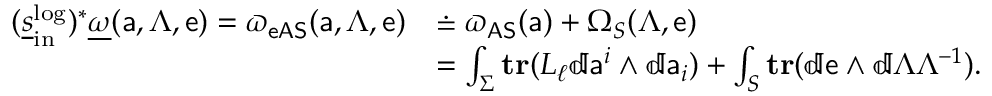
\begin{array} { r l } { ( \underline { { s } } _ { \mathrm { i n } } ^ { \mathrm { l o g } } ) ^ { * } \underline { { \omega } } ( { \mathsf { a } } , \Lambda , { \mathsf { e } } ) = { \varpi _ { \mathsf { e A S } } } ( { \mathsf { a } } , \Lambda , { \mathsf { e } } ) } & { \doteq { \varpi _ { \mathsf { A S } } } ( { \mathsf { a } } ) + \Omega _ { S } ( \Lambda , { \mathsf { e } } ) } \\ & { = \int _ { \Sigma } \mathbf { t r } ( L _ { \ell } \mathbb { d } { \mathsf { a } } ^ { i } \wedge \mathbb { d } { \mathsf { a } } _ { i } ) + \int _ { S } \mathbf { t r } ( \mathbb { d } { \mathsf { e } } \wedge \mathbb { d } \Lambda \Lambda ^ { - 1 } ) . } \end{array}